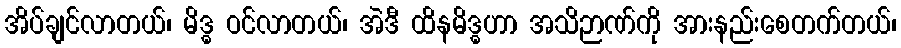
အိပ်ချင်လာတယ်၊ မိဒ္ဓ ဝင်လာတယ်၊ အဲဒီ ထိနမိဒ္ဓဟာ အသိဉာဏ်ကို အားနည်းစေတက်တယ်၊